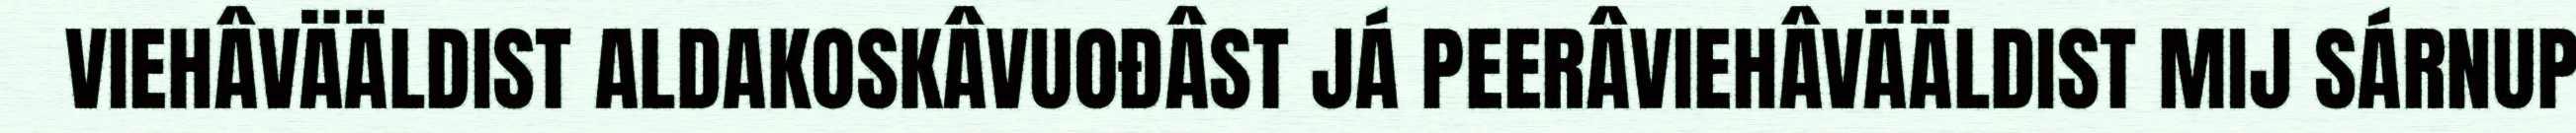
VIEHÂVÄÄLDIST ALDAKOSKÂVUOĐÂST JÁ PEERÂVIEHÂVÄÄLDIST MIJ SÁRNUP